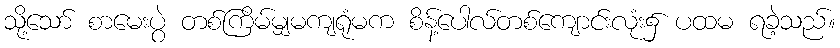
သို့သော် စာမေးပွဲ တစ်ကြိမ်မျှမကျရုံမက စိန့်ပေါလ်တစ်ကျောင်းလုံး၌ ပထမ ရခဲ့သည်။